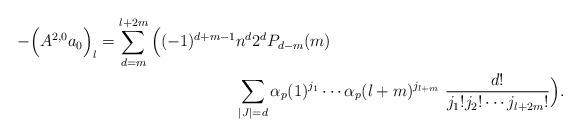
LaTeX: \begin{align*}-\Big(A^{2,0}a_0\Big)_l = \sum_{d=m}^{l+2m} \Big((-1)^{d+m-1}&n^d 2^d P_{d-m}(m) \\ &\sum_{|J|=d} \alpha_p(1)^{j_1}\cdots \alpha_p(l+m)^{j_{l+m}}\ \frac{d!}{j_1! j_2! \cdots j_{l+2m}!}\Big).\end{align*}